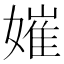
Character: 㜠